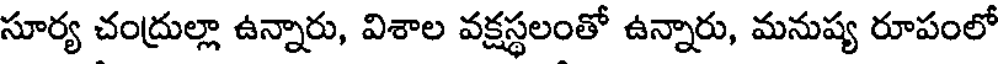
సూర్య చంద్రుల్లా ఉన్నారు, విశాల వక్షస్థలంతో ఉన్నారు, మనుష్య రూపంలో